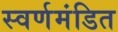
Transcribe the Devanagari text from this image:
स्वर्णमंडित